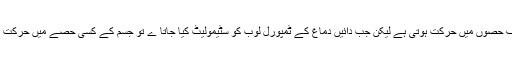
ان کی تحقیق نے ہمیں بتایا کہ جب بائیں دماغ کو لیبارٹری میں سٹیمولیٹ کیا جاتا ہے تو جسم کے مختلف حصوں میں حرکت ہوتی ہے لیکن جب دائیں دماغ کے ٹمپورل لوب کو سٹیمولیٹ کیا جاتا ے تو جسم کے کسی حصے میں حرکت نہیں ہوتی بلکہ انسانی شعور میں تبدیلی آتی ہے اور اسے کسی غیبی ہستی کے ہونے کا احساس ہوتا ہے۔